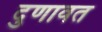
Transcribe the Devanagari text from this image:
दुणावत